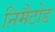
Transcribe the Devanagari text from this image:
निमैटोड